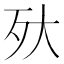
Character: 𣧂